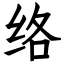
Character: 络